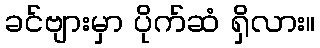
ခင်ဗျားမှာ ပိုက်ဆံ ရှိလား။